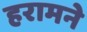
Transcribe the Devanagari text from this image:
हरामने